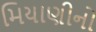
મિયાણીનો